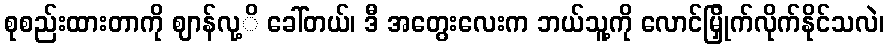
စုစည်းထားတာကို ဈာန်လု့ိ ခေါ်တယ်၊ ဒီ အတွေးလေးက ဘယ်သူ့ကို လောင်မြှိုက်လိုက်နိုင်သလဲ၊